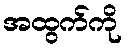
အထွက်ကို